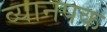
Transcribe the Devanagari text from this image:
व्यानपक